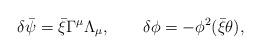
LaTeX: \begin{align*}\delta\bar\psi=\bar\xi\Gamma^\mu\Lambda_\mu, \qquad\delta\phi=-\phi^2(\bar\xi\theta),\end{align*}